Vaccination North-Western Provinces and Oudh 1896-1901 - 1896-1901
Year: 1896
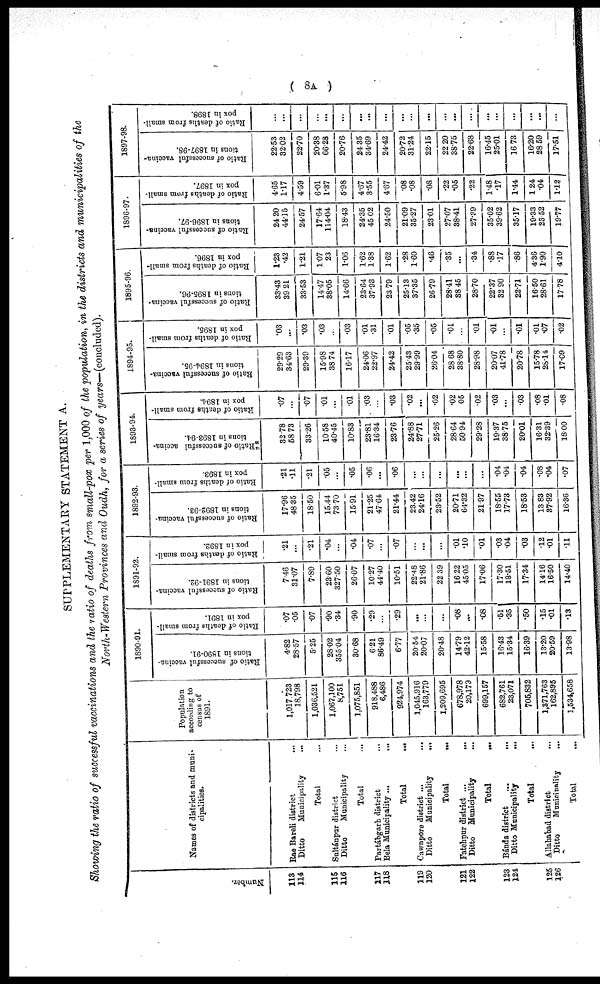
( 8A )
SUPPLEMENTARY STATEMENT A.
Showing the ratio of successful vaccinations and the ratio of deaths from small-pox per 1,000 of the population, in the districts and municipalities of the
North-Western Provinces and Oudh, for a series of years—(concluded).
Number.
113
114
115
116
117
118
119
120
121
122
123
124
125
126
Names of districts and muni-
cipalities.
Rae Bareli district
...
Ditto
Municipality ...
Total ...
Sultánpur district ...
Ditto
Municipality ...
Total ...
Partábgarh district ...
Bela Municipality ...
Total ...
Cawnpore district ...
Ditto
Municipality
...
Total ...
Fatehpur district ...
Ditto Municipality ...
Total ...
Bánda district
...
...
Ditto Municipality
...
Total ...
Allahabad district ...
Ditto
Municipality
...
Total ...
Population
according to
census of
1891.
1,017,723
18,798
1,036,521
1,067,100
8,751
1,075,851
918,488
6,486
924,974
1,045,916
163,779
1,209,695
678,978
20,179
699,157
682,761
23,071
705,832
1,371,763
162,895
1,534,658
1890-91.
Ratio of successful vaccina-
tions in 1890-91.
4.82
28.57
5.25
28.02
355.04
30.68
6.21
86.49
6.77
20.54
20.07
20.48
14.79
42.12
15.58
16.43
15.34
16.39
13.20
20.59
13.98
Ratio of deaths from small-
pox in 1891.
.07
.05
.07
.90
.34
.90
.29
...
.29
...
...
...
.08
...
.08
.51
.35
.50
.15
.01
.13
1891-92.
Ratio of successful vaccina-
tions in 1891-92.
7.46
31.07
7.89
23.60
327.50
26.07
10.27
44.40
10.51
22.48
21.86
22.39
16.22
45.05
17.06
17.30
18.51
17.34
14.16
16.50
14.40
Ratio of deaths from small-
pox in 1892.
.21
...
.21
.04
...
.04
.07
...
.07
...
...
...
.01
.10
.01
.03
.04
.03
.12
.01
.11
1892-93.
Ratio of successful vaccina-
tions in 1892-93.
17.96
48.35
18.50
15.44
73.70
15.91
21.25
47.64
21.44
23.42
24.16
23.52
20.71
64.32
21.97
18.55
17.73
18.53
13.83
37.92
16.36
Ratio of deaths from small-
pox in 1893.
.21
.11
.21
.05
...
.05
.06
...
.06
...
...
...
...
...
...
.04
.04
.04
.08
.04
.07
1893-94.
Ratio of successful vaccina¬
tions in 1893-94.
32.78
58.73
33.26
10.58
40.45
10.83
23.81
16.34
23.76
24.88
27.71
25.26
28.64
50.94
29.28
19.37
38.75
20.01
16.31
32.39
18.00
Ratio of deaths from small-
pox in 1894.
.07
...
.07
.01
...
.01
.03
...
.03
.02
...
.02
.02
.05
.02
.03
...
.03
.08
.01
.08
1894-95.
Ratio of successful vaccina-
tions in 1894-95.
29.29
34.63
29.39
15.98
38.74
16.17
24.06
22.97
24.42
25.43
29.99
26.04
28.68
38.80
28.98
20.07
41.78
20.78
15.78
28.14
17.09
Ratio of deaths from small-
pox in 1895.
.03
...
.03
.03
...
.03
.01
.31
.01
.05
.35
.05
.01
...
.01
.01
...
.01
.01
.07
.02
1895-96.
Ratio of successful vaccina-
tions in 1895-96.
33.43
39.21
33.53
14.47
38.05
14.66
23.64
37.93
23.79
25.13
37.35
26.79
28.41
38.45
28.70
22.37
32.90
22.71
16.50
28.61
17.78
Ratio of deaths from small¬
pox in 1896.
1.23
.42
1.21
1.07
23
1.06
1.62
1.38
1.62
.28
1.60
.46
.35
...
.34
.88
.17
.86
4.36
1.90
4.10
1896-97.
Ratio of successful vaccina-
tions in 1896-97.
24.20
44.15
24.57
17.64
114.04
18.43
24.35
45.02
24.50
21.09
35.27
23.01
27.07
38.41
27.39
35.02
39.62
35.17
19.33
23.52
19.77
Ratio of deaths from small-
pox in 1897.
4.65
1.17
4.59
6.01
1.37
5.98
4.67
3.55
4.67
.08
.08
.08
.22
.05
.22
1.48
.17
1.44
1.24
.04
1.12
1897-98.
Ratio of successful vaccina-
tions in 1897-98.
22.53
32.02
22.70
20.38
66.28
20.76
24.35
34.69
24.42
20.72
31.24
22.15
22.20
38.75
22.68
16.45
25.01
16.73
16.20
28.59
17.51
Ratio of deaths from small-
pox in 1898.
...
...
...
...
...
...
...
...
...
...
...
...
...
...
...
...
...
...
...
...
...